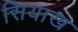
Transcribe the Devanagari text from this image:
सियाख